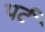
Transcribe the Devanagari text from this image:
पर्ट